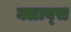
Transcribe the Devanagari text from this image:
क्लाव्स